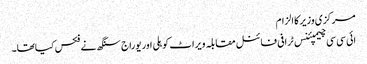
مرکزی وزیر کا الزام
ائی سی سی چیمپئنس ٹرافی فائنل مقابلہ ویراٹ کوہلی اور یوراج سنگھ نے فکس کیاتھا۔